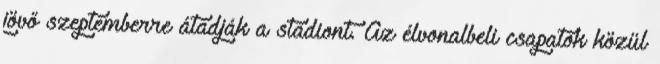
jövő szeptemberre átadják a stadiont. Az élvonalbeli csapatok közül